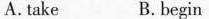
A.take B.begin